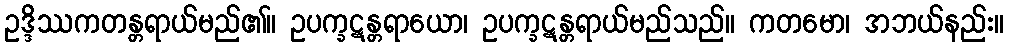
ဥဒ္ဒိဿကတန္တရာယ်မည်၏။ ဥပက္ခဋန္တရာယော၊ ဥပက္ခဋန္တရာယ်မည်သည်။ ကတမော၊ အဘယ်နည်း။